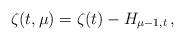
LaTeX: \begin{align*}\zeta(t,\mu)=\zeta(t)-H_{\mu-1,t}\,,\end{align*}